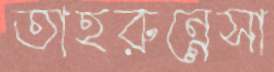
তাহরুন্নেসা